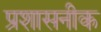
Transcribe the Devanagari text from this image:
प्रशासनीक